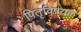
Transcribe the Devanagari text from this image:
पितृविषयक